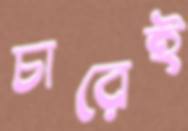
চারেই